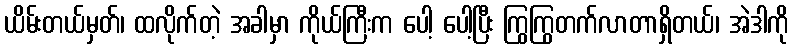
ယိမ်းတယ်မှတ်၊ ထလိုက်တဲ့ အခါမှာ ကိုယ်ကြီးက ပေါ့ ပေါ့ပြီး ကြွကြွတက်လာတာရှိတယ်၊ အဲဒါကို